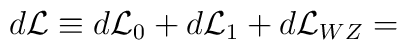
d{\cal{L}} \equiv d{\cal{L}}_{0}+ d{\cal{L}}_{1}+d{\cal{L}}_{WZ} =